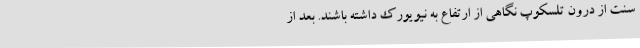
سنت از درون تلسکوپ نگاهی از ارتفاع به نیویورک داشته باشند. بعد از